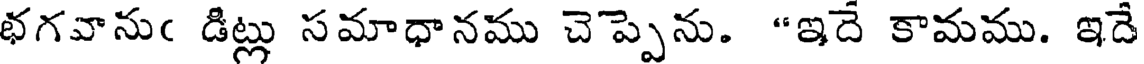
భగవానుఁ డిట్లు సమాధానము చెప్పెను. "ఇదే కామము. ఇదే